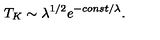
T _ { K } \sim \lambda ^ { 1 / 2 } e ^ { - c o n s t / \lambda } .